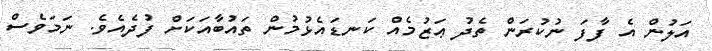
އަލުން އެ ފާފަ ނުކުރަން ތެދު ޢަޒުމެއް ކަނޑައެޅުމުން ތައުބާއަކަށް ފުދެއެވެ. ނަމަވެސް